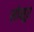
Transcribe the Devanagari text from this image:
सोसूर